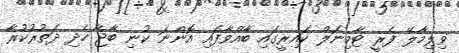
ވިލިމާލޭ ފެރީ ޓާމިނަލް ކައިރީގައި ބާއްވާފައި އޮންނަ ކުނި ބާޖާ ހެދި ދަތުރުކުރާ